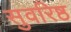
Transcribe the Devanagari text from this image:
सुवरिष्ठ